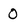
Character: 0